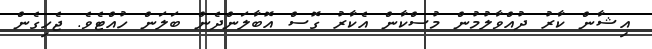
އިޝާން ކާރު ދުއްވާލުމުން މުސްކާން އެކާރު ގޮސް އޮބާލަންދެން ބަލަން ހުއްޓެވެ. ޖެހިގެން